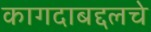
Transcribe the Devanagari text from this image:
कागदाबद्दलचे